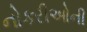
નોકરીઓની